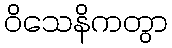
ဝိသေနိကတွာ